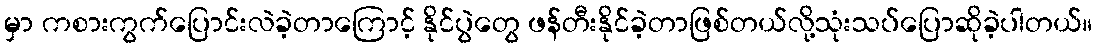
မှာ ကစားကွက်ပြောင်းလဲခဲ့တာကြောင့် နိုင်ပွဲတွေ ဖန်တီးနိုင်ခဲ့တာဖြစ်တယ်လို့သုံးသပ်ပြောဆိုခဲ့ပါတယ်။